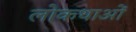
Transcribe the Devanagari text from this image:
लोकथाओं